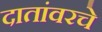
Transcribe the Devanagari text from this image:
दातांवरचे